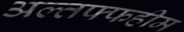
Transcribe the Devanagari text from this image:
अल्तफ्फहीम